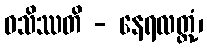
ဝသိဿတိ - နေရလတ္တံ့၊